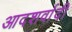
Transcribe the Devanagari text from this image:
आदशर्वादी